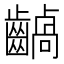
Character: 𪙚